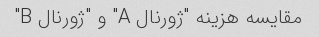
مقایسه هزینه "ژورنال A" و "ژورنال B"